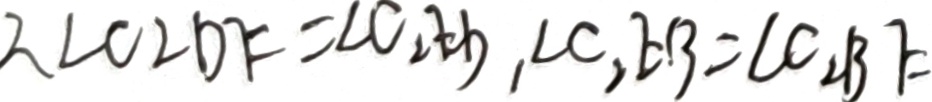
\therefore \angle C _ { 2 } D E = \angle C _ { 2 } E D , \angle C _ { 2 } B E = \angle C _ { 2 } B E